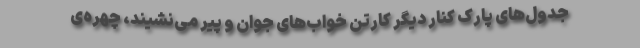
جدول‌‌های پارک کنار دیگر کارتن خواب‌های جوان و پیر می‌نشیند، چهره‌ی